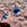
غير